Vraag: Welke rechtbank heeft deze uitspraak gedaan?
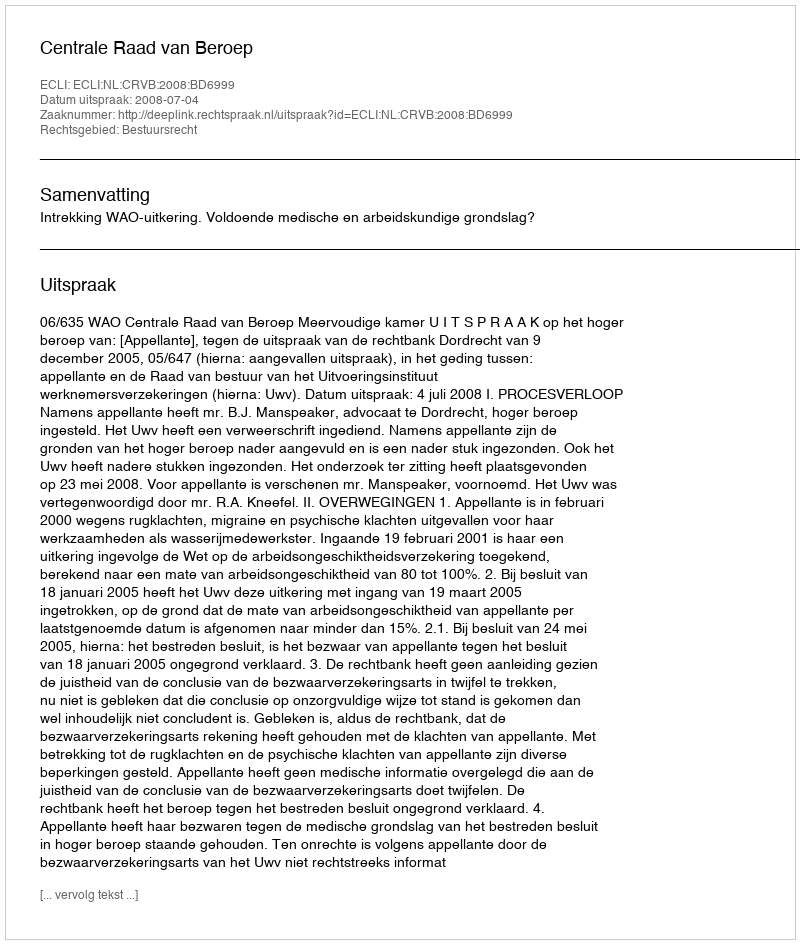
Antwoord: Centrale Raad van Beroep